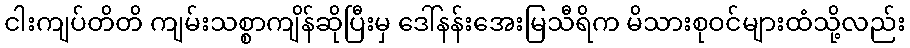
ငါးကျပ်တိတိ ကျမ်းသစ္စာကျိန်ဆိုပြီးမှ ဒေါ်နန်းအေးမြသီရိက မိသားစုဝင်များထံသို့လည်း